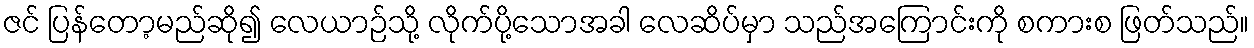
ဇင် ပြန်တော့မည်ဆို၍ လေယာဉ်သို့ လိုက်ပို့သောအခါ လေဆိပ်မှာ သည်အကြောင်းကို စကားစ ဖြတ်သည်။